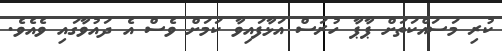
ކުރި މަސައްކަތަށް ޕާޕާ ހުރަސް އަޅާފައިވާ ކަމަށް ވެސް އެ ދައުވާގައި ވެއެވެ.